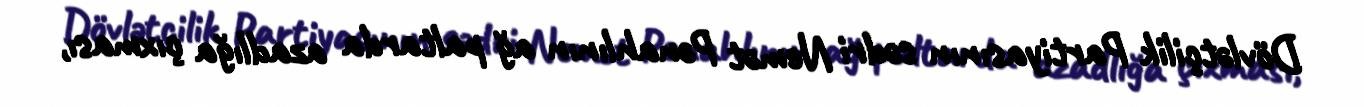
Dövlətçilik Partiyasının sədri Nemət Pənahlının ağ paltarda azadlığa çıxması,